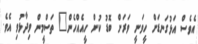
އެވެސް އަޅުގަނޑަށް ހީވަނީ ވަރަށް ބޮޑު ކުށް ހީއެއްހެން" ތަސްމީން ވިދާޅުވި އެވެ.